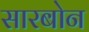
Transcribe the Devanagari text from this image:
सारबोन